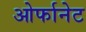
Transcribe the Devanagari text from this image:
ओर्फानेट